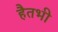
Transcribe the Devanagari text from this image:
हैतभी